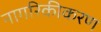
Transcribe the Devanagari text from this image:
नागरिकीकरण